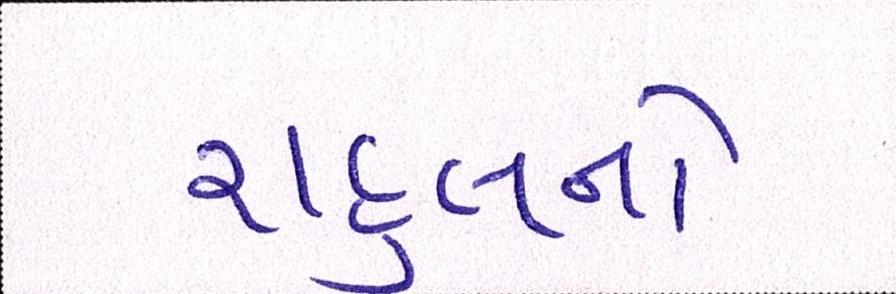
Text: રાહુલનો